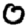
Digit: 0